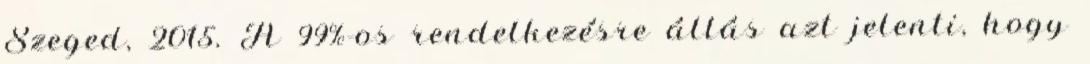
Szeged, 2015. A 99%-os rendelkezésre állás azt jelenti, hogy